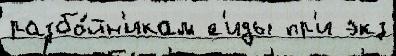
разбо́йн'икам ́с'иды пр'и экз